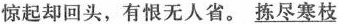
惊起却回头，有恨无人省。\underline{拣尽寒枝}